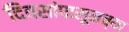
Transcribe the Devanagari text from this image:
दिवसांपासूनच्या